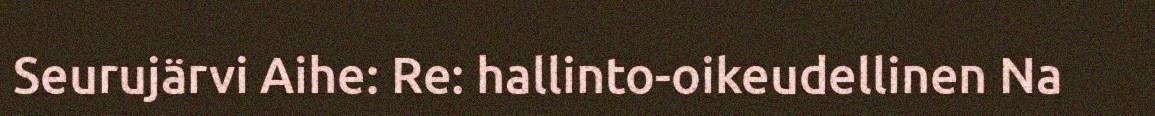
Seurujärvi Aihe: Re: hallinto-oikeudellinen Na